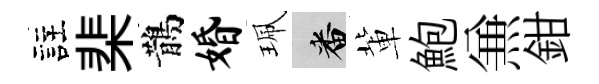
註棐鵲婚珮番軰鮑𠔥鉗